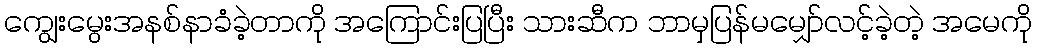
ကျွေးမွေးအနစ်နာခံခဲ့တာကို အကြောင်းပြပြီး သားဆီက ဘာမှပြန်မမျှော်လင့်ခဲ့တဲ့ အမေကို